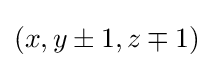
\textstyle (x,y\pm 1,z\mp 1)